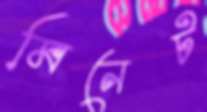
মিনেট